Report of the veterinary officer investigating camel disease
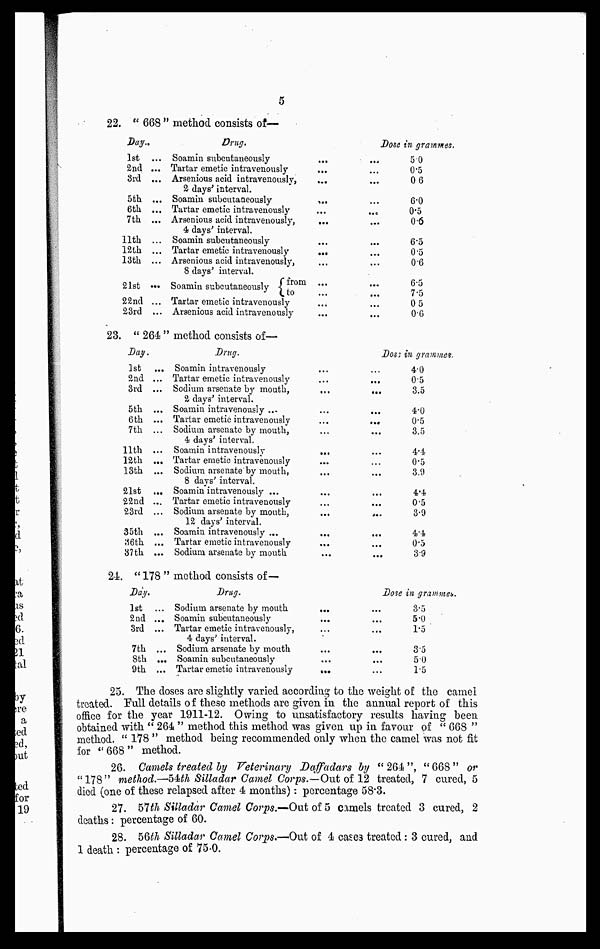
5
22. " 668 " method consists of—
Day.
1st ...
2nd ...
3rd ...
5th ...
6th ...
7th ...
11th ...
12th ...
13th ...
21st ...
22nd ...
23rd ...
Drug.
Soamin subcutaneously
Tartar emetic intravenously
Arsenious acid intravenously,
2 days' interval.
Soamin subcutaneously
Tartar emetic intravenously
Arsenious acid intravenously,
4 days' interval.
Soamin subcutaneously
Tartar emetic intravenously
Arsenious acid intravenously,
8 days' interval.
Soamin subcutaneously {from
to Tartar emetic intravenously
Arsenious acid intravenously
...
...
...
...
...
...
...
...
...
...
...
...
Dose in grammes.
5.0
0.5
0 6
6.0
0.5
0.6
6.5
0.5
0.6
6.5
7.5
0.5
0.6
23. " 264 " method consists of—
Day.
1st
2nd ...
3rd ...
5th ...
6th ...
7th ...
11th ...
12th ...
13th ...
21st ...
22nd ...
23rd ...
35th ...
36th ...
37th ...
Drug.
Soamin intravenously
Tartar emetic intravenously
Sodium arsenate by mouth,
2 days' interval.
Soamin intravenously ...
Tartar emetic intravenously
Sodium arsenate by mouth,
4 days' interval.
Soamin intravenously
Tartar emetic intravenously
Sodium arsenate by mouth,
8 days' interval.
Soamin intravenously ...
Tartar emetic intravenously
Sodium arsenate by mouth,
12 days' interval.
Soamin intravenously ...
Tartar emetic intravenously
Sodium arsenate by mouth
...
...
...
...
...
...
...
...
...
...
...
...
...
Doss in grammes.
4.0
0.5
... 3.5
4.0
0.5
3.5
4.4
0.5
3.9
4.4
0.5
3.9
4.4
0.5
3.9
24. " 178 " method consists of—
Day.
1st
2nd
3rd
7th
8th
9th
Drug.
... Sodium arsenate by mouth
... Soamin subcutaneously
... Tartar emetic intravenously,
4 days' interval.
... Sodium arsenate by mouth
... Soamin subcutaneously
... Tartar emetic intravenously
...
...
...
...
...
...
Dose
...
...
...
...
...
in grammes.
3.5
5.0
1.5
3.5
5.0
1.5
25. The doses are slightly varied according to the weight of the camel
treated. Full details of these methods are given in the annual report of this
office for the year 1911-12. Owing to unsatisfactory results having been
obtained with " 264 " method this method was given up in favour of " 668 "
method. " 178 " method being recommended only when the camel was not fit
for "668" method.
26. Camels treated by Veterinary Daffiadars by "264", "668" or
"178" method.—54th Silladar Camel Corps.—Out of 12 treated, 7 cured, 5
died (one of these relapsed after 4 months): percentage 58.3.
27. 57th Silladar Camel Corps.—Out of 5 camels treated 3 cured, 2
deaths: percentage of 60.
28. 56th Silladar Camel Corps.—Out of 4 case3 treated: 3 cured, and
1 death : percentage of 75.0.